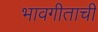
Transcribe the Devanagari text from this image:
भावगीताची